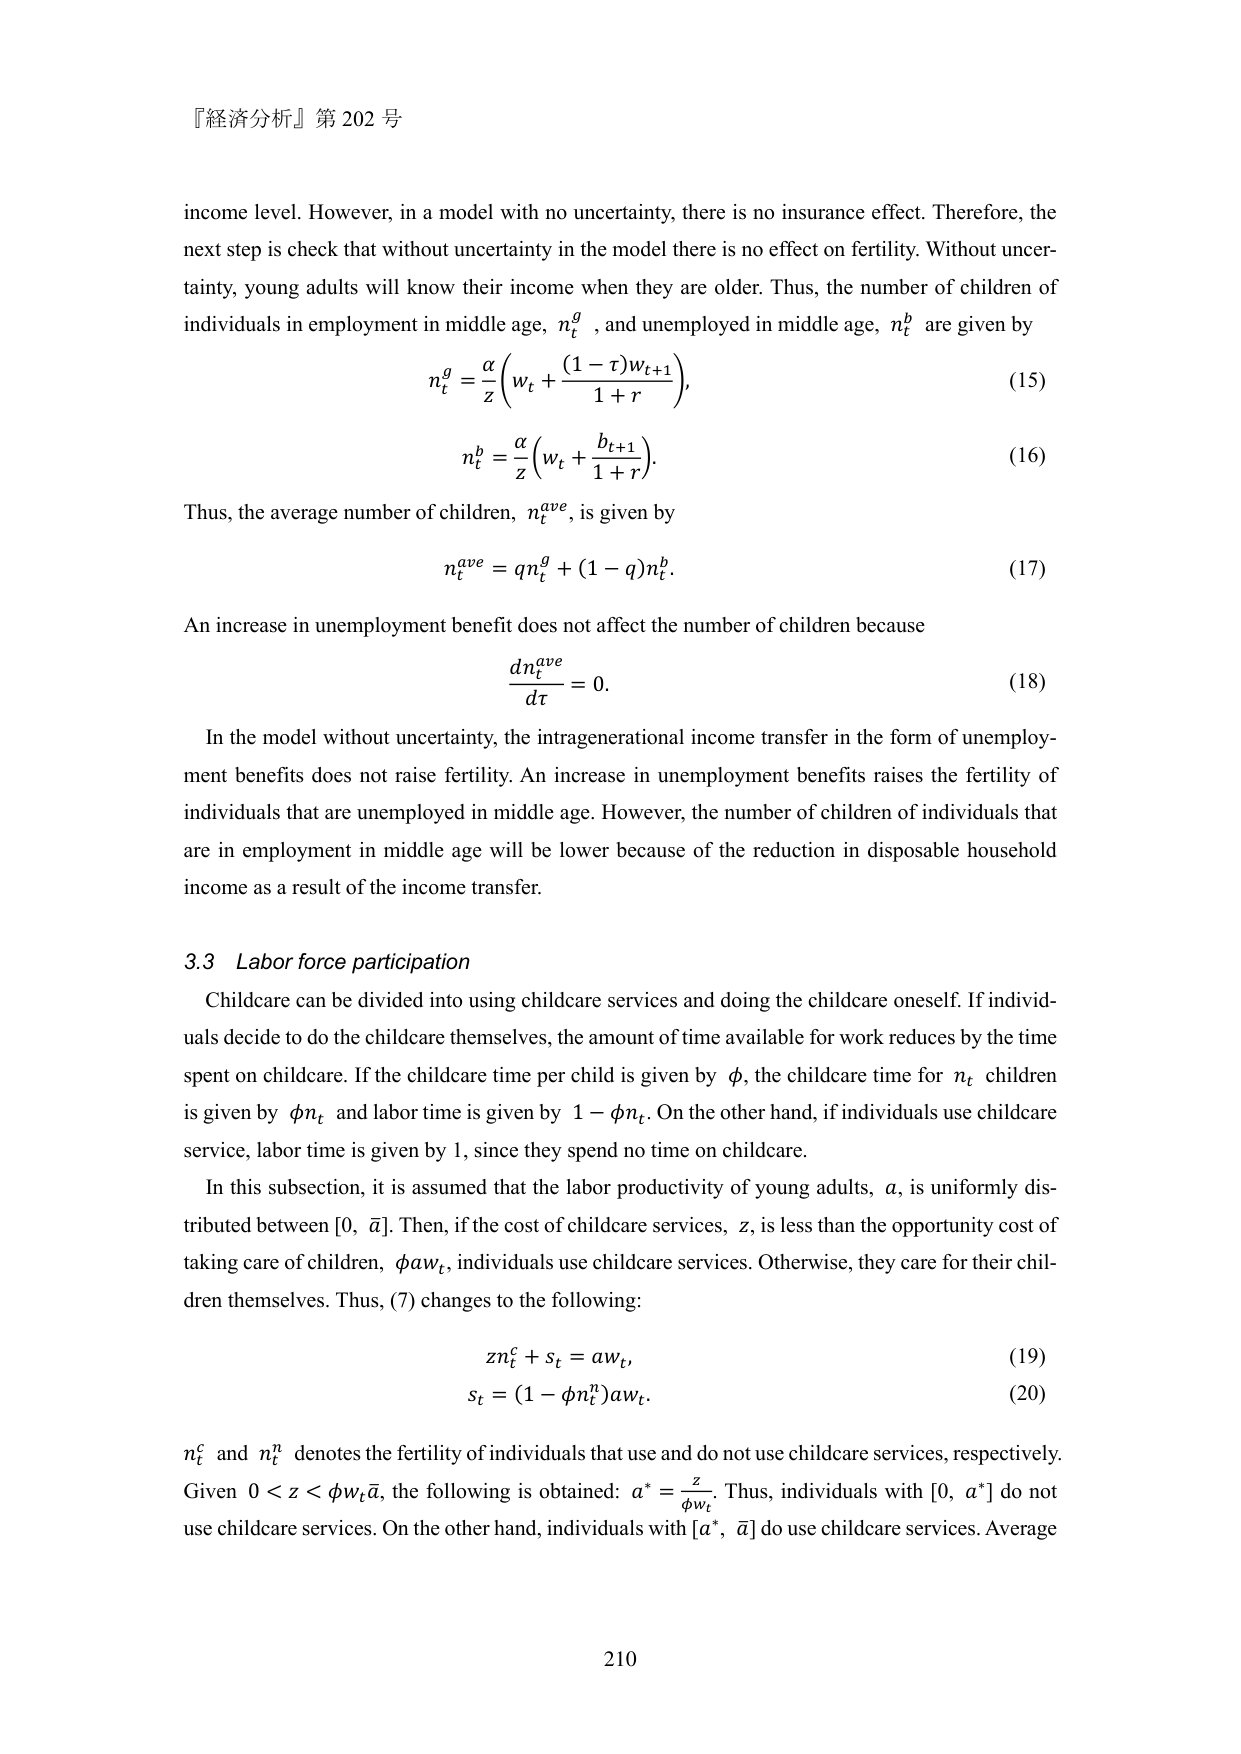
『経済分析』第 202 号

income level. However, in a model with no uncertainty, there is no insurance effect. Therefore, the next step is check that without uncertainty in the model there is no effect on fertility. Without uncertainty, young adults will know their income when they are older. Thus, the number of children of individuals in employment in middle age, $n_t^g$, and unemployed in middle age, $n_t^b$ are given by

$$
n_t^g = \frac{\alpha}{z} \left( w_t + \frac{(1 - \tau) w_{t+1}}{1 + r} \right),
\tag{15}
$$

$$
n_t^b = \frac{\alpha}{z} \left( w_t + \frac{b_{t+1}}{1 + r} \right).
\tag{16}
$$

Thus, the average number of children, $n_t^{ave}$, is given by

$$
n_t^{ave} = q n_t^g + (1 - q) n_t^b.
\tag{17}
$$

An increase in unemployment benefit does not affect the number of children because

$$
\frac{d n_t^{ave}}{d \tau} = 0.
\tag{18}
$$

In the model without uncertainty, the intragenerational income transfer in the form of unemployment benefits does not raise fertility. An increase in unemployment benefits raises the fertility of individuals that are unemployed in middle age. However, the number of children of individuals that are in employment in middle age will be lower because of the reduction in disposable household income as a result of the income transfer.

3.3 Labor force participation

Childcare can be divided into using childcare services and doing the childcare oneself. If individuals decide to do the childcare themselves, the amount of time available for work reduces by the time spent on childcare. If the childcare time per child is given by $\phi$, the childcare time for $n_t$ children is given by $\phi n_t$ and labor time is given by $1 - \phi n_t$. On the other hand, if individuals use childcare service, labor time is given by 1, since they spend no time on childcare.

In this subsection, it is assumed that the labor productivity of young adults, $a$, is uniformly distributed between $[0, \ \bar{a}]$. Then, if the cost of childcare services, $z$, is less than the opportunity cost of taking care of children, $\phi a w_t$, individuals use childcare services. Otherwise, they care for their children themselves. Thus, (7) changes to the following:

$$
z n_t^c + s_t = a w_t,
\tag{19}
$$

$$
s_t = (1 - \phi n_t^n) a w_t.
\tag{20}
$$

$n_t^c$ and $n_t^n$ denotes the fertility of individuals that use and do not use childcare services, respectively. Given $0 < z < \phi w_t \bar{a}$, the following is obtained: $\alpha^* = \frac{z}{\phi w_t}$. Thus, individuals with $[0, \ \alpha^*]$ do not use childcare services. On the other hand, individuals with $[\alpha^*, \ \bar{a}]$ do use childcare services. Average

210